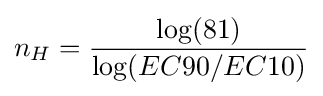
n_{H}={\frac {\log(81)}{\log(EC90/EC10)}}